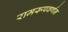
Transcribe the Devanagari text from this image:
रामरूपवर्णन